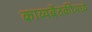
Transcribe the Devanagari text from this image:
काव्यबैठकींमध्ये